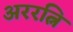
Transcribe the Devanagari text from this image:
अररत्नि